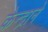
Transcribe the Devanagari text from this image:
केन्द्राने